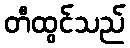
တီထွင်သည်